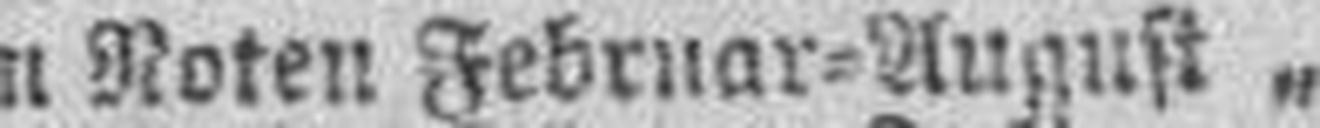
in Noten Februar=August „ „